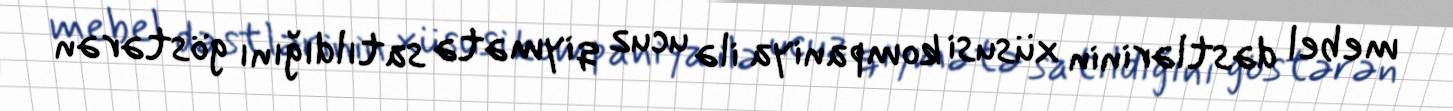
mebel dəstlərinin xüsusi kompaniya ilə ucuz qiymətə satıldığını göstərən